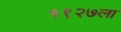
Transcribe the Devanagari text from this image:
१९२७ला